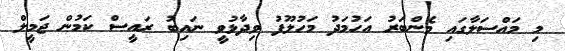
މި މައްސަލާގައި މެންބަރު އަހުމަދު މަހުލޫފު ވިދާޅުވީ ނައިބު ރައީސް ކަމުން ޖަމީލް